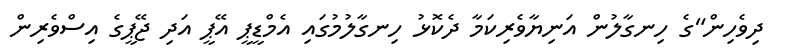
ދިވެހިން"ގެ ހިނގާލުން އަނިޔާވެރިކަމާ ދެކޮޅު ހިނގާލުމުގައި އެމްޑީޕީ އޭޕީ އަދި ޖޭޕީގެ އިސްވެރިން